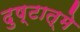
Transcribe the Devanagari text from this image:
दुष्टात्मे